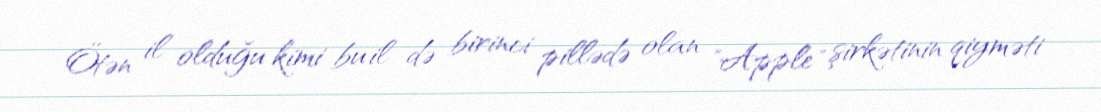
Ötən il olduğu kimi bu il də birinci pillədə olan "Apple" şirkətinin qiyməti